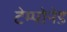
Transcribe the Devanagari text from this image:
टेम्पोनेड